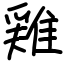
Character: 𨿸